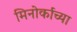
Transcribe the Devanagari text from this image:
मिनोर्काच्या